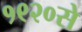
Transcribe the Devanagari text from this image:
१९२०से